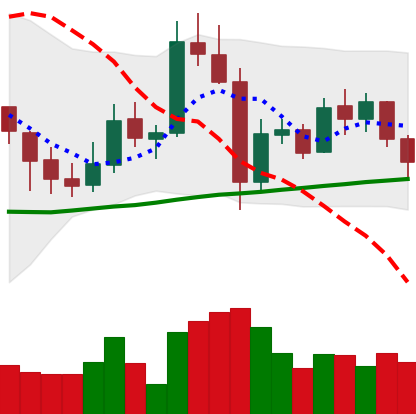
Ticker: XMR-USD
Chart end date: 2021-11-04
Forward return: 10.677%
Label: up_7plus